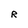
Character: R